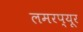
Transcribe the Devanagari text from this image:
लमरप्यूर